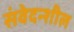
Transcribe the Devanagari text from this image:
संवेदन्शील